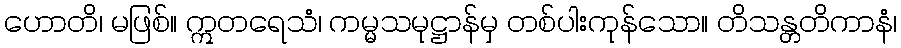
ဟောတိ၊ မဖြစ်။ ဣတရေသံ၊ ကမ္မသမုဋ္ဌာန်မှ တစ်ပါးကုန်သော။ တိသန္တတိကာနံ၊